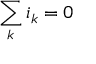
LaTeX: \sum _ { k } i _ { k } = 0